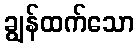
ချွန်ထက်သော